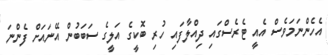
އެހެންނަމަވެސް އެއީ ޓެރެސްގައި ދިއްލާފައި ހުރި ބޮކީގެ އަލީގެ ސަބަބުން އޭނައަށް ފެންނަ